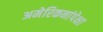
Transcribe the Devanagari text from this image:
अमेरिकनांपेक्षा